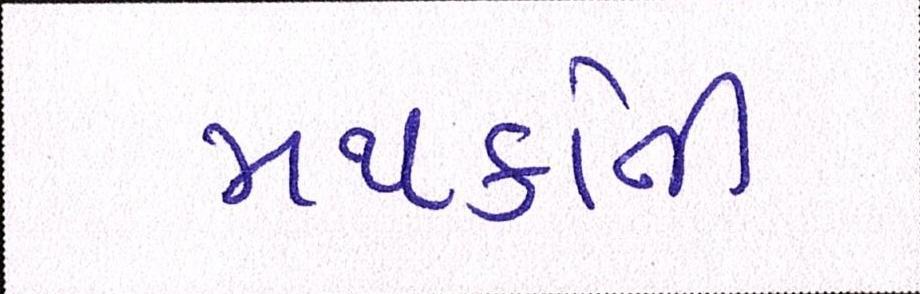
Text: મથકોની